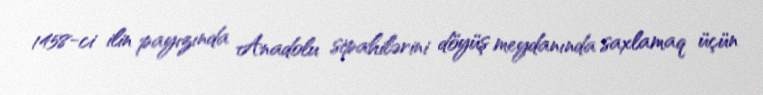
1458-ci ilin payızında Anadolu sipahilərini döyüş meydanında saxlamaq üçün